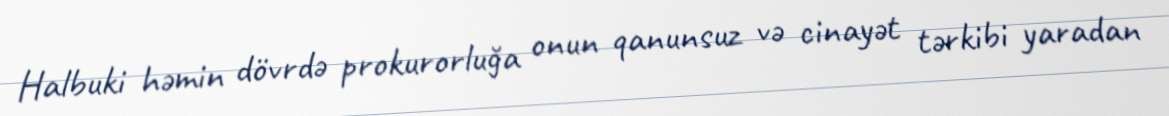
Halbuki həmin dövrdə prokurorluğa onun qanunsuz və cinayət tərkibi yaradan